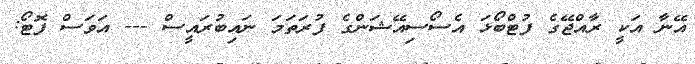
އޭނާ އަކީ ރާއްޖޭގެ ފުޓްބޯޅަ އެސޯސިއޭޝަންގެ ފުރަތަމަ ނައިބުރައީސް --- އަވަސް ފޮޓޯ: